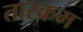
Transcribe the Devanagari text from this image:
तारक्रम